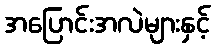
အပြောင်းအလဲများနှင့်